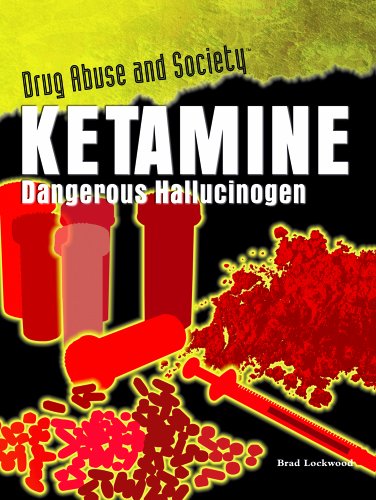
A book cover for Ketamine: Dangerous Hallucinogen (Drug Abuse & Society: Cost to a Nation); Brad Lockwood; Teen & Young Adult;